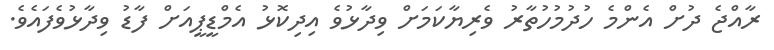
ރާއްޖެ ދުށް އެންމެ ހުދުމުހުތާރު ވެރިޔާކަމަށް ވިދާޅުވެ އިދިކޮޅު އެމްޑީޕީއަށް ފާޑު ވިދާޅުވެފައެވެ.